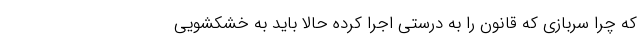
که چرا سربازی که قانون را به درستی اجرا کرده حالا باید به خشکشویی